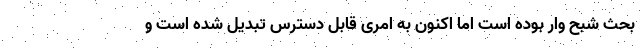
بحث شبح وار بوده است اما اکنون به امری قابل دسترس تبدیل شده است و